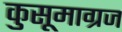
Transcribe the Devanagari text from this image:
कुसूमाग्रज